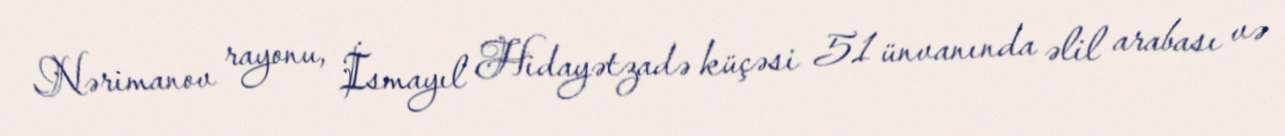
Nərimanov rayonu, İsmayıl Hidayətzadə küçəsi 51 ünvanında əlil arabası və